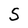
Character: S